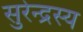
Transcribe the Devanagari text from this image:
सुरेन्द्रस्य